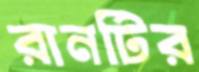
রানটির